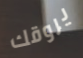
يروقك